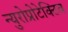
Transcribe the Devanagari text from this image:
न्युरोप्रोटेक्टिव